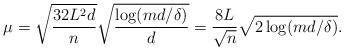
LaTeX: \begin{align*} \mu = \sqrt{\frac{32 L^2 d}{n}}\sqrt{\frac{\log(md/\delta)}{d}} = \frac{8 L}{\sqrt{n}} \sqrt{2\log(md/\delta)} .\end{align*}